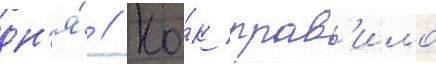
дн'я́ // Ка́к прав'ило